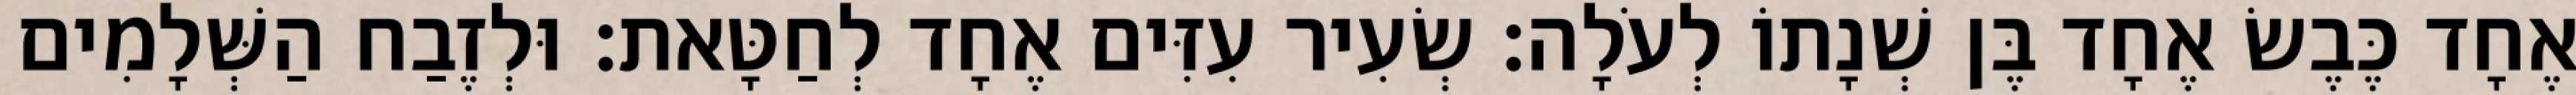
אֶחָד כֶּבֶשׂ אֶחָד בֶּן שְׁנָתוֹ לְעֹלָה׃ שְׂעִיר עִזִּים אֶחָד לְחַטָּאת׃ וּלְזֶבַח הַשְּׁלָמִים